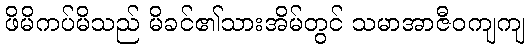
ဖိမိကပ်မိသည် မိခင်၏သားအိမ်တွင် သမာအာဇီဝကျကျ